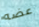
عضه